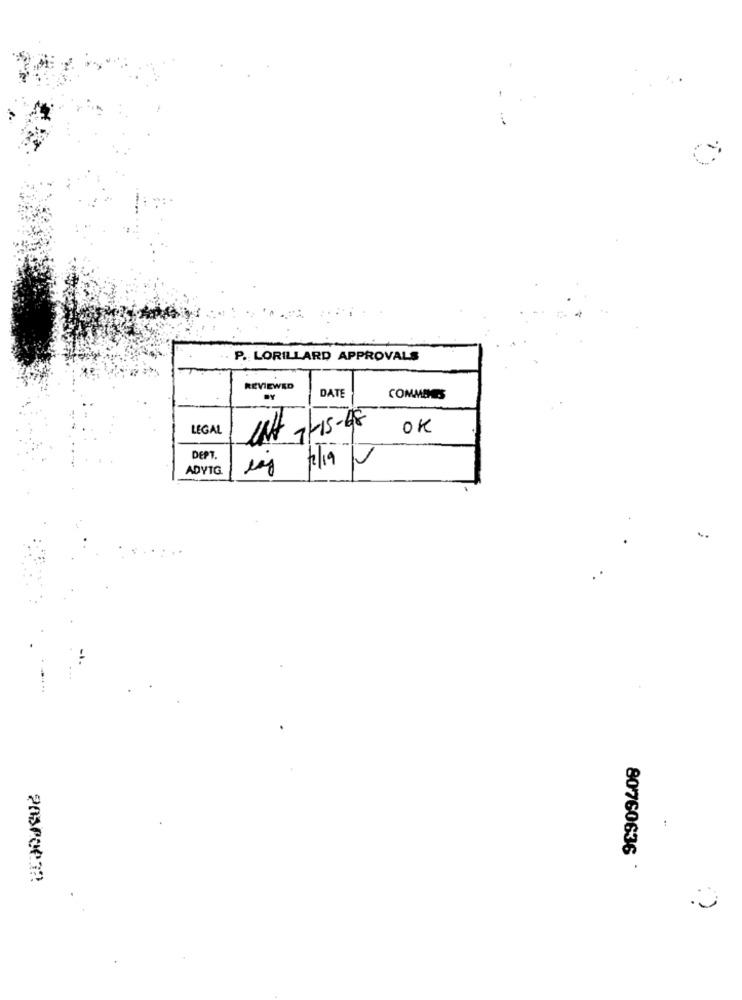
P .: LORILLARD APPROVALS
REVIEWED
DATE
COMMEMES
LEGAL
UN gLIS-48
OK
DEPT.
ADYTG
80760636